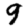
Digit: 9